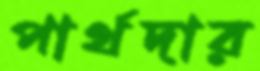
পার্থদার